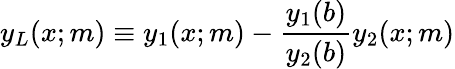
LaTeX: y_{L}(x;m)\equiv y_{1}(x;m)-\frac{y_{1}(b)}{y_{2}(b)}y_{2}(x;m)